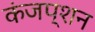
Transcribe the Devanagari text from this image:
कंजप्शन